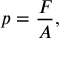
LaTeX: p = { \frac { F } { A } } ,